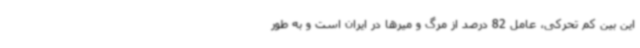
این بین کم تحرکی، عامل 82 درصد از مرگ و میرها در ایران است و به طور